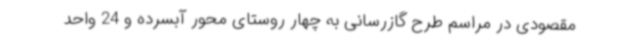
مقصودی در مراسم طرح گازرسانی به چهار روستای محور آبسرده و 24 واحد